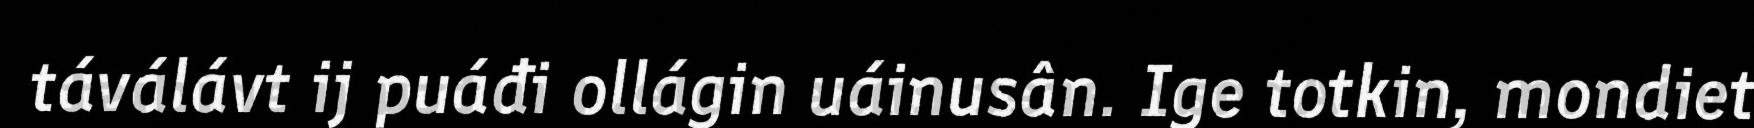
táválávt ij puáđi ollágin uáinusân. Ige totkin, mondiet